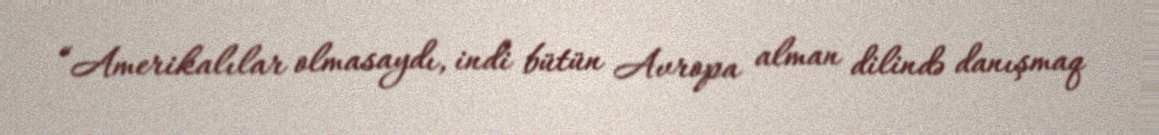
“Amerikalılar olmasaydı, indi bütün Avropa alman dilində danışmaq